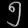
Digit: ၅